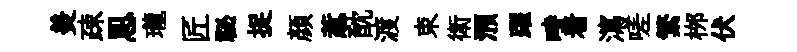
羙疎㤙瓏匠祕捉顔惹酖渡束衛澦躍畤着瀉嗟繁桞伏